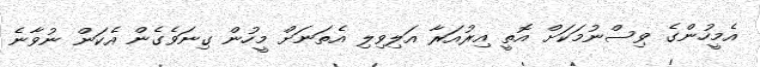
އެމީހުންގެ ވިސްނުމަކަށް އޮތީ އިރުއަރާ އަލިވިލި އެތަނަށް މީހުން ގިނަވެގެން އެކަން ނުވާނެ